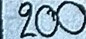
200